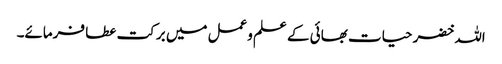
اللہ خضر حیات بھائی کے علم وعمل میں برکت عطا فرمائے۔